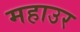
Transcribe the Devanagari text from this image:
महाउर